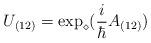
LaTeX: \begin{align*}U_{(12)} = \exp_{\diamond } (\frac{i}{\hbar }A_{(12)})\end{align*}